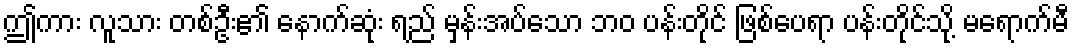
ဤကား လူသား တစ်ဦး၏ နောက်ဆုံး ရည် မှန်းအပ်သော ဘဝ ပန်းတိုင် ဖြစ်ပေရာ ပန်းတိုင်သို့ မရောက်မီ